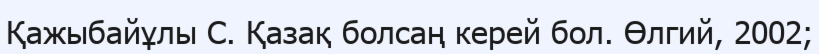
Қажыбайұлы С. Қазақ болсаң керей бол. Өлгий, 2002;